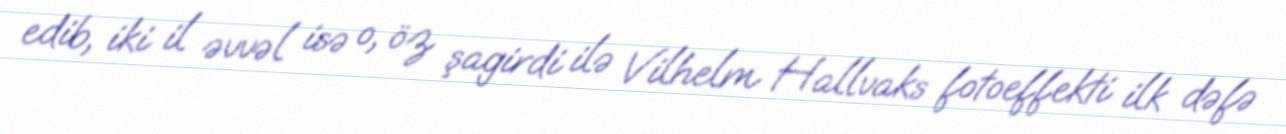
edib, iki il əvvəl isə o, öz şagirdi ilə Vilhelm Hallvaks fotoeffekti ilk dəfə